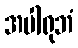
အပါရုဘံ